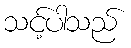
သင့်ပါသည်